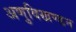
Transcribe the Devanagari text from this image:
अणुविखण्डन